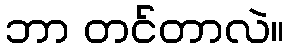
ဘာ တင်တာလဲ။